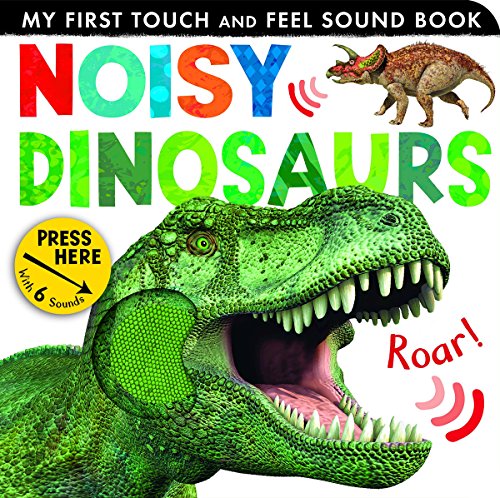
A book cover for Noisy Dinosaurs (My First Touch and Feel Sound Book); Jonathan Litton; Children's Books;